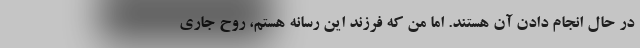
در حال انجام دادن آن هستند. اما من که فرزند این رسانه هستم، روح جاری